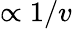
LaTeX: \propto 1/v